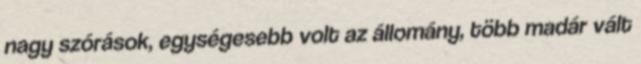
nagy szórások, egységesebb volt az állomány, több madár vált